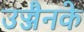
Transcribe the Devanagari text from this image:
उज्जैनके